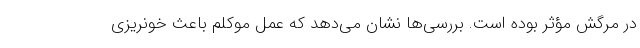
در مرگش مؤثر بوده است. بررسی‌ها نشان می‌دهد که عمل موکلم باعث خونریزی